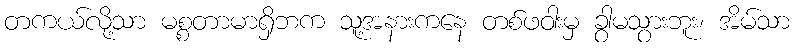
တကယ်လို့သာ မစ္စတာမာရှိဘက သူ့အနားကနေ တစ်ဖဝါးမှ ခွာမသွားဘူး၊ အိမ်သာ